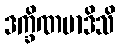
ဒက္ခိဏမာဒိသိ